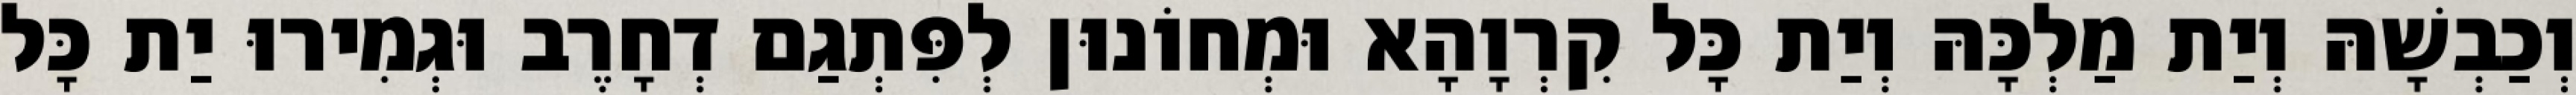
וְכַבְשָׁהּ וְיַת מַלְכָּהּ וְיַת כָּל קִרְוָהָא וּמְחוֹנוּן לְפִּתְגַם דְחָרֶב וּגְמִירוּ יַת כָּל